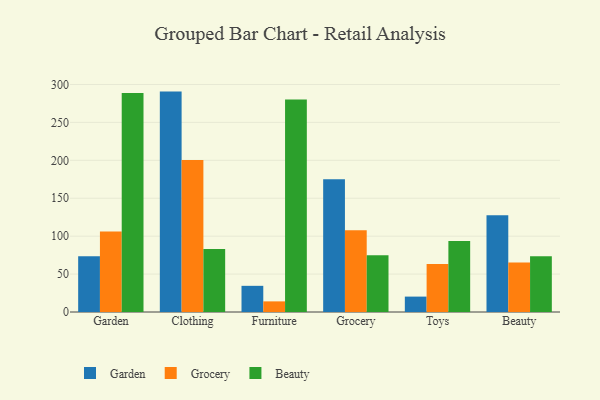
{"axis": {"x": "Category", "y": "Latency (ms)"}, "legend": ["Beauty", "Garden", "Grocery"], "data": [{"x": "Garden", "y": 73.5, "type": "Garden"}, {"x": "Garden", "y": 106.0, "type": "Grocery"}, {"x": "Garden", "y": 288.6, "type": "Beauty"}, {"x": "Clothing", "y": 290.6, "type": "Garden"}, {"x": "Clothing", "y": 200.5, "type": "Grocery"}, {"x": "Clothing", "y": 83.1, "type": "Beauty"}, {"x": "Furniture", "y": 34.5, "type": "Garden"}, {"x": "Furniture", "y": 14.0, "type": "Grocery"}, {"x": "Furniture", "y": 280.2, "type": "Beauty"}, {"x": "Grocery", "y": 174.9, "type": "Garden"}, {"x": "Grocery", "y": 107.8, "type": "Grocery"}, {"x": "Grocery", "y": 74.7, "type": "Beauty"}, {"x": "Toys", "y": 20.3, "type": "Garden"}, {"x": "Toys", "y": 63.3, "type": "Grocery"}, {"x": "Toys", "y": 93.6, "type": "Beauty"}, {"x": "Beauty", "y": 127.6, "type": "Garden"}, {"x": "Beauty", "y": 65.2, "type": "Grocery"}, {"x": "Beauty", "y": 73.5, "type": "Beauty"}]}